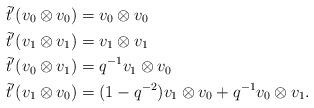
LaTeX: \begin{align*}\tilde{t}'(v_0 \otimes v_0) &= v_0 \otimes v_0 \\\tilde{t}'(v_1 \otimes v_1) &= v_1 \otimes v_1 \\\tilde{t}'(v_0 \otimes v_1) &= q^{-1} v_1 \otimes v_0 \\\tilde{t}'(v_1 \otimes v_0) &= (1-q^{-2})v_1 \otimes v_0 + q^{-1} v_0 \otimes v_1.\end{align*}